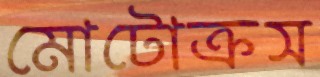
মোটোক্রস